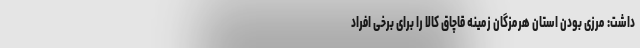
داشت: مرزی بودن استان هرمزگان زمینه قاچاق کالا را برای برخی افراد